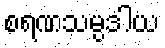
စရဏသမ္ပဒါယ